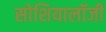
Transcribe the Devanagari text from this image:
सोशियालॉजी